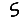
Digit: 5